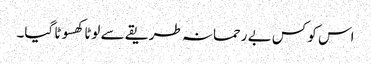
اس کو کس بے رحمانہ طریقے سے لوٹا کھسوٹا گیا۔